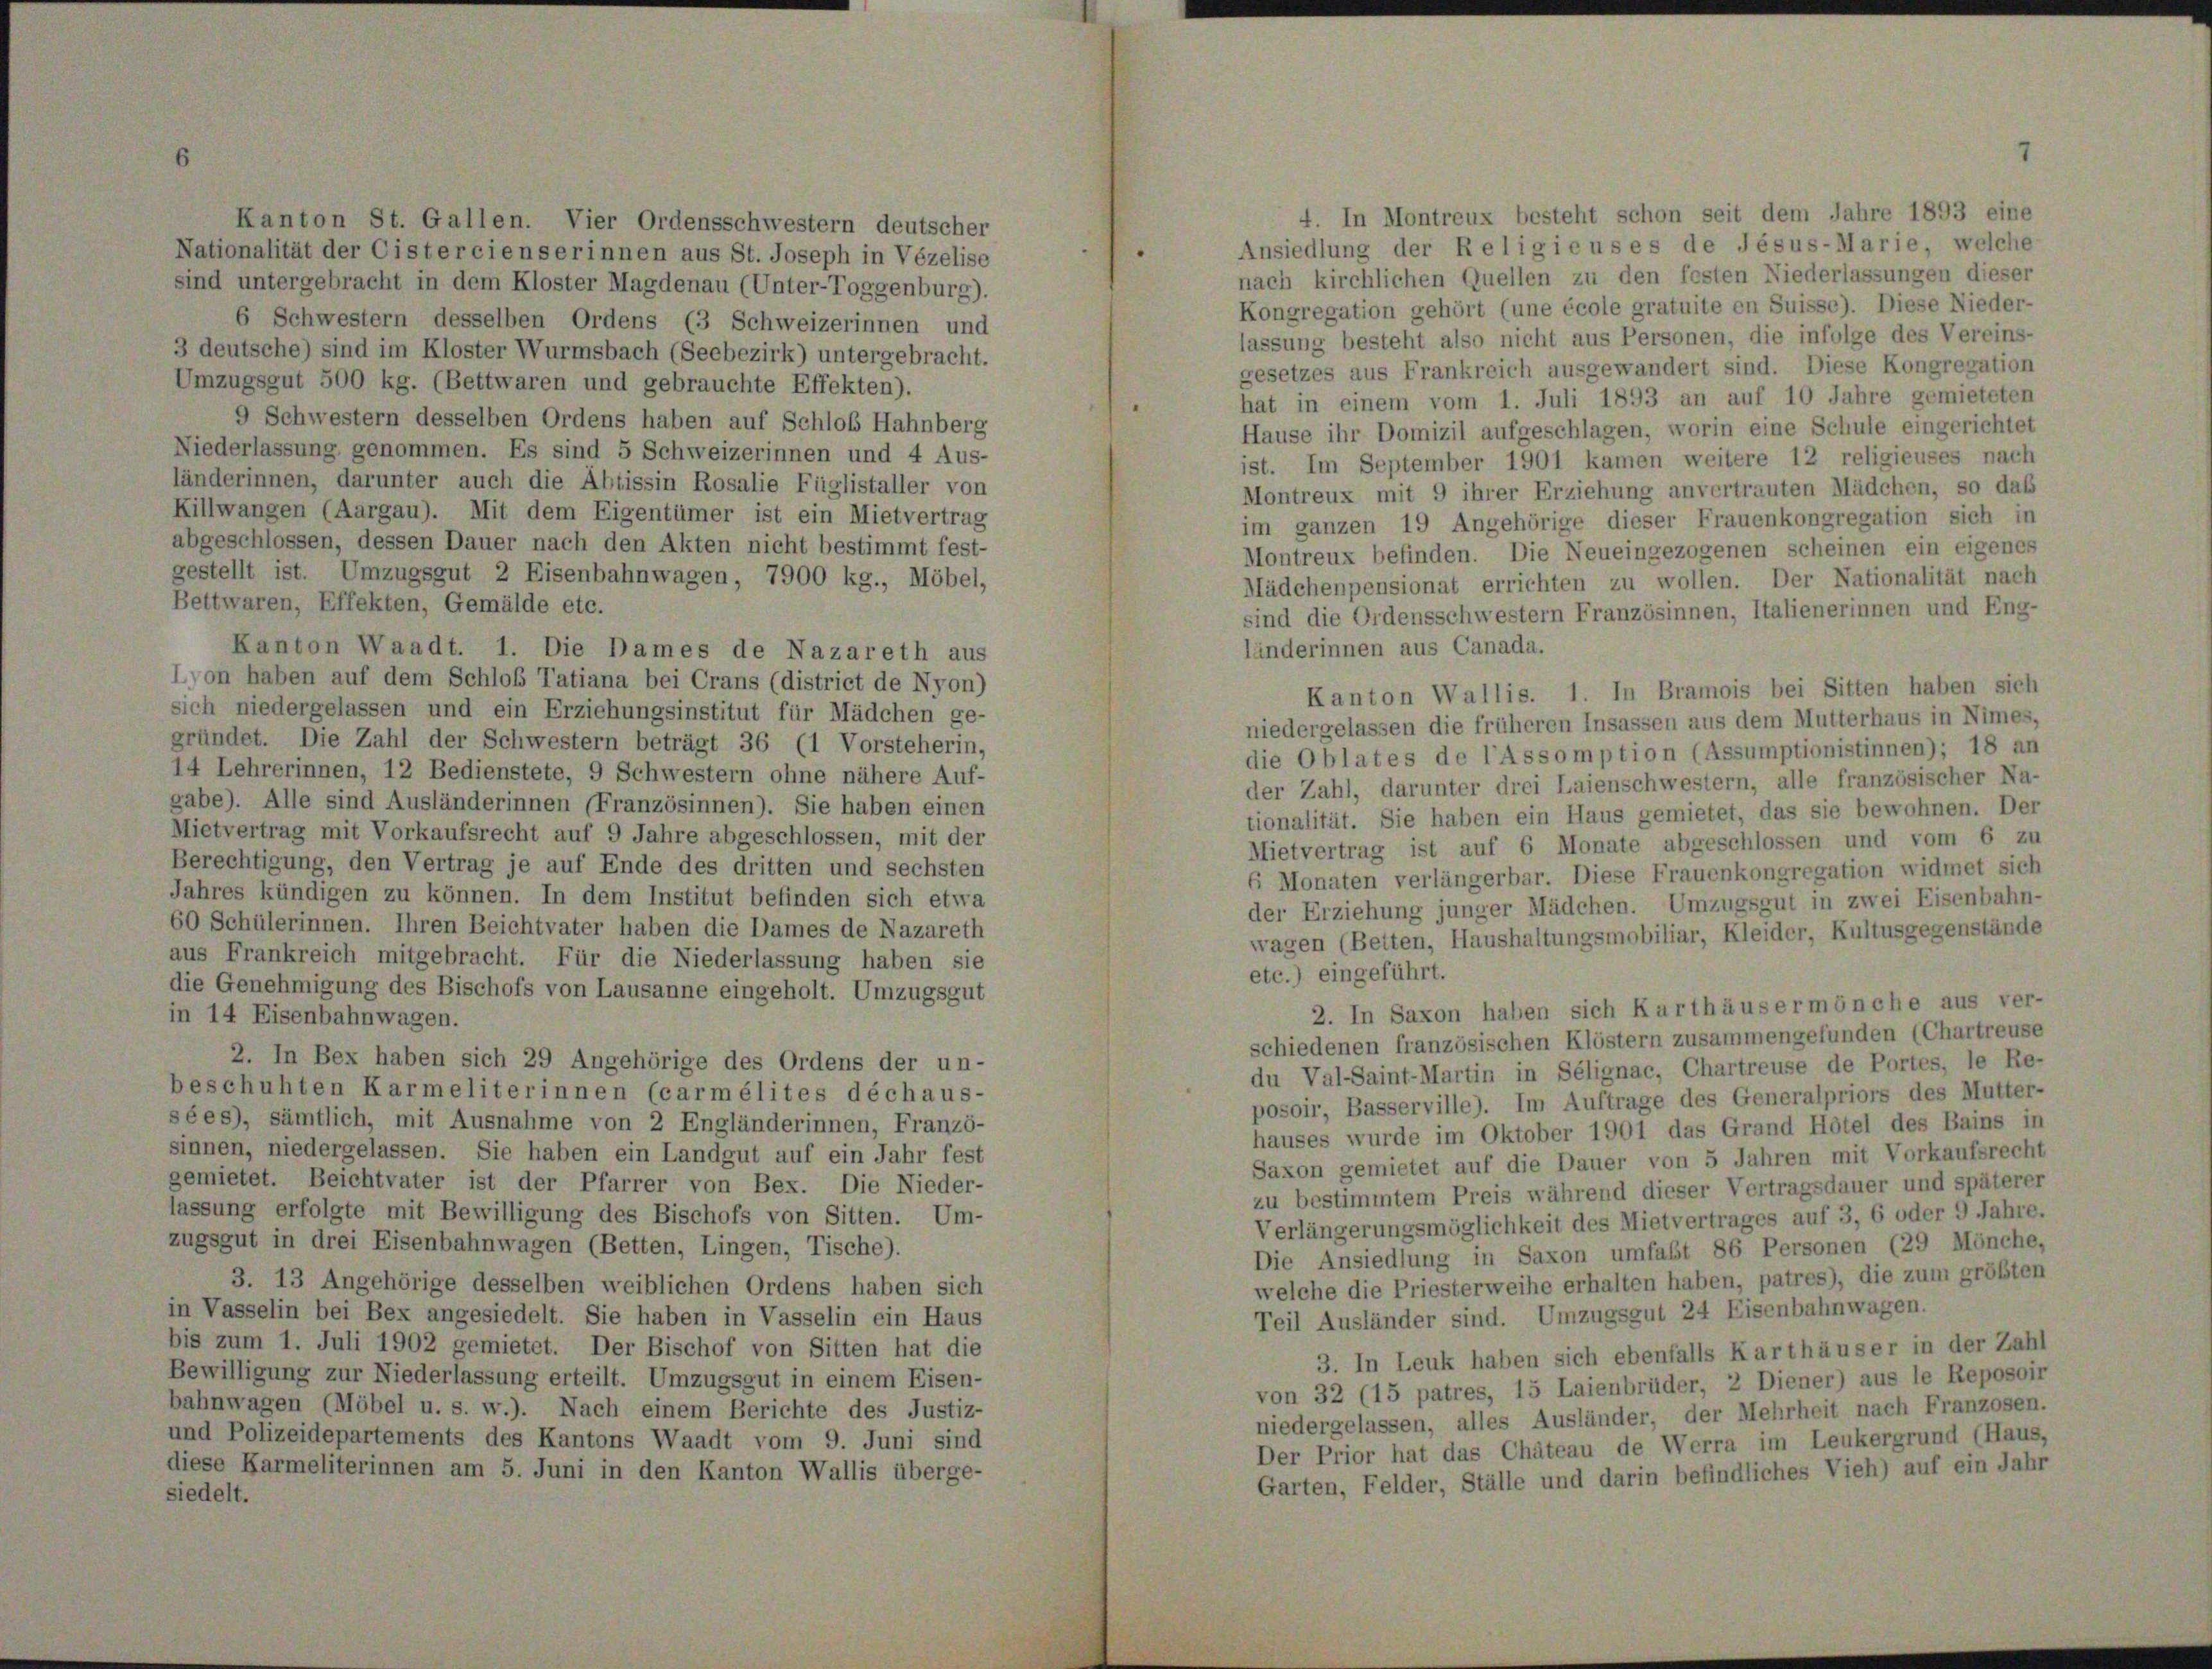
Kanton St. Gallen. Vier Ordensschwestern deutscher
Nationalität der Cistercien serinnen aus St. Joseph in Vézelise
sind untergebracht in dem Kloster Magdenau (Unter-Toggenburg).
6 Schwestern desselben Ordens (3 Schweizerinnen und
3 deutsche) sind im Kloster Wurmsbach (Seebezirk) untergebracht.
Umzugsgut 500 kg. (Bettwaren und gebrauchte Effekten).
9 Schwestern desselben Ordens haben auf Schloß Hahnberg
Niederlassung genommen. Es sind 5 Schweizerinnen und 4 Aus-
länderinnen, darunter auch die Abtissin Rosalie Füglistaller von
Killwangen (Aargau). Mit dem Eigentümer ist ein Mietvertrag
abgeschlossen, dessen Dauer nach den Akten nicht bestimmt fest-
gestellt ist. Umzugsgut 2 Eisenbahnwagen, 7900 kg., Möbel,
Bettwaren, Effekten, Gemälde etc.
länderinnen aus Canada.
Kanton Waadt. 1. Die Dames de Nazareth aus
Ion haben auf dem Schloß Tatiana bei Crans (district de Nyon)
Kanton Wallis. 1. In Bramois bei Sitten haben sich
sich niedergelassen und ein Erziehungsinstitut für Mädchen ge-
niedergelassen die früheren Insassen aus dem Mutterhaus in Nimes,
gründet. Die Zahl der Schwestern beträgt 36 (1 Vorsteherin,
die Oblates de l’Assomption (Assumptionistinnen); 18 an
14 Lehrerinnen, 12 Bedienstete, 9 Schwestern ohne nähere Auf-
der Zahl, darunter drei Laienschwestern, alle französischer Na-
gabe). Alle sind Ausländerinnen (Französinnen). Sie haben einen
tionalität. Sie haben ein Haus gemietet, das sie bewohnen. Der
Mietvertrag mit Vorkaufsrecht auf 9 Jahre abgeschlossen, mit der
Mietvertrag ist auf 6 Monate abgeschlossen und vom 6 zu
Berechtigung, den Vertrag je auf Ende des dritten und sechsten
6 Monaten verlängerbar. Diese Frauenkongregation widmet sich
Jahres kündigen zu können. In dem Institut befinden sich etwa
der Erziehung junger Mädchen. Umzugsgut in zwei Eisenbahn-
60 Schülerinnen. Ihren Beichtvater haben die Dames de Nazareth
wagen (Betten, Haushaltungsmobiliar, Kleider, Kultusgegenstände
aus Frankreich mitgebracht. Für die Niederlassung haben sie
etc.) eingeführt.
die Genehmigung des Bischofs von Lausanne eingeholt. Umzugsgut
2. In Saxon haben sich Karthäusermönche aus ver-
in 14 Eisenbahnwagen.
schiedenen französischen Klöstern zusammengefunden (Chartreuse
2. In Bex haben sich 29 Angehörige des Ordens der un-
du Val-Saint-Martin in Sélignac, Chartreuse de Portes, le Re-
beschuhten Karmeliterinnen (carmélites déchaus-
posoir, Basserville). Im Auftrage des Generalpriors des Mutter-
sées), sämtlich, mit Ausnahme von 2 Engländerinnen, Franzö-
hauses wurde im Oktober 1901 das Grand Hotel des Bains in
sinnen, niedergelassen. Sie haben ein Landgut auf ein Jahr fest
Saxon gemietet auf die Dauer von 5 Jahren mit Vorkaufsrecht
gemietet. Beichtvater ist der Pfarrer von Bex. Die Nieder-
zu bestimmtem Preis während dieser Vertragsdauer und späterer
lassung erfolgte mit Bewilligung des Bischofs von Sitten. Um-
Verlängerungsmöglichkeit des Mietvertrages auf 3, 6 oder 9 Jahre.
zugsgut in drei Eisenbahnwagen (Betten, Lingen, Tische).
Die Ansiedlung in Saxon umfaßt 86 Personen (29 Mönche,
welche die Priesterweihe erhalten haben, patres), die zum größten
3. 13 Angehörige desselben weiblichen Ordens haben sich
in Vasselin bei Bex angesiedelt. Sie haben in Vasselin ein Haus
Teil Ausländer sind. Umzugsgut 24 Eisenbahnwagen.
bis zum 1. Juli 1902 gemietet. Der Bischof von Sitten hat die
3. In Leuk haben sich ebenfalls Karthäuser in der Zahl
Bewilligung zur Niederlassung erteilt. Umzugsgut in einem Eisen-
von 32 (15 patres, 15 Laienbrüder, 2 Diener) aus le Reposoir
bahnwagen (Möbel u. s. w.). Nach einem Berichte des Justiz-
niedergelassen, alles Ausländer, der Mehrheit nach Franzosen.
und Polizeidepartements des Kantons Waadt vom 9. Juni sind
Der Prior hat das Chäteau de Werra im Leukergrund (Haus,
diese Karmeliterinnen am 5. Juni in den Kanton Wallis überge-
Garten, Felder, Ställe und darin befindliches Vieh) auf ein Jahr
siedelt.

4. In Montreux besteht schon seit dem Jahre 1893 eine
Ansiedlung der Religieuses de Jesus-Marie, welche
nach kirchlichen Quellen zu den festen Niederlassungen dieser
Kongregation gehört (une école gratuite en Suisse). Diese Nieder-
lassung besteht also nicht aus Personen, die infolge des Vereins-
gesetzes aus Frankreich ausgewandert sind. Diese Kongregation
hat in einem vom 1. Juli 1893 an auf 10 Jahre gemieteten
Hause ihr Domizil aufgeschlagen, worin eine Schule eingerichtet
ist. Im September 1901 kamen weitere 12 religieuses nach
Montreux mit 9 ihrer Erziehung anvertrauten Mädchen, so das
im ganzen 19 Angehörige dieser Frauenkongregation sich in
Montreux befinden. Die Neueingezogenen scheinen ein eigenes
Mädchenpensionat errichten zu wollen. Der Nationalität nach
sind die Ordensschwestern Französinnen, Italienerinnen und Eng-